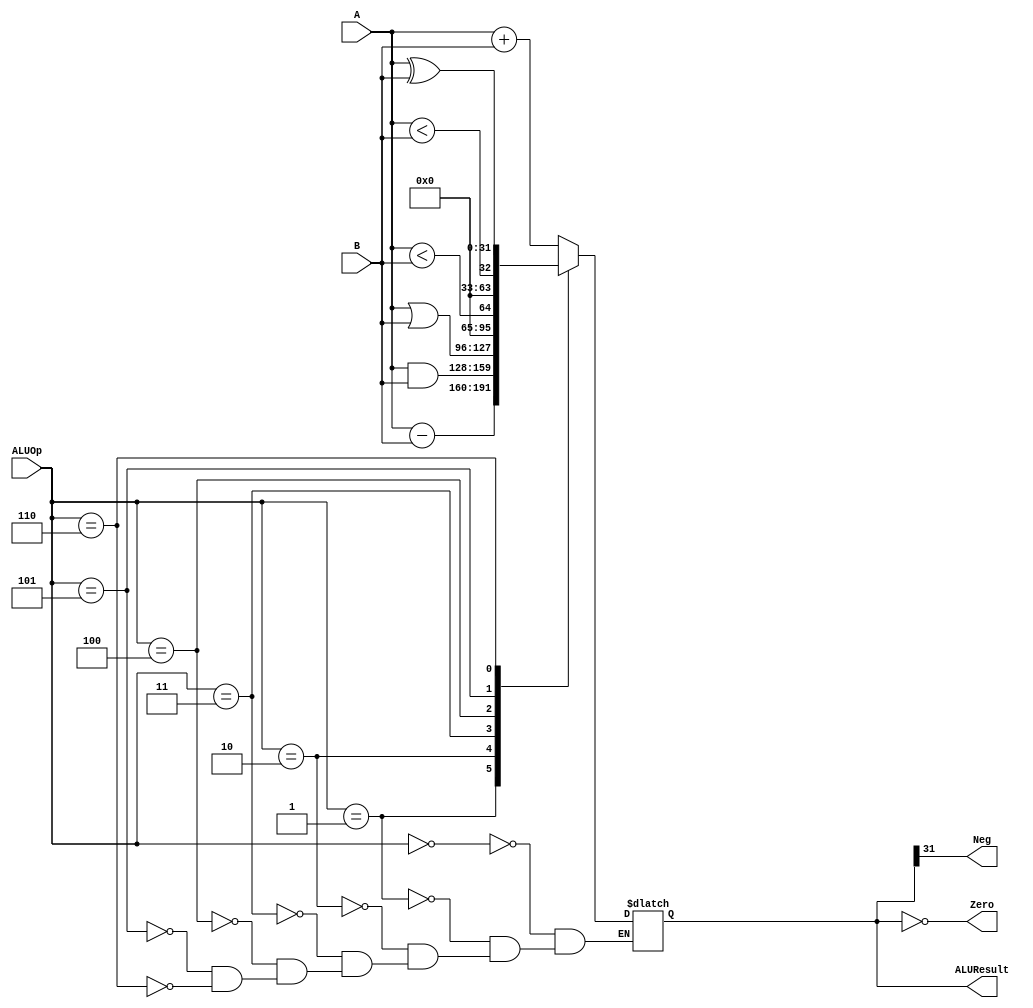
module ALU (
    input signed [31:0] A,
    input signed [31:0] B,
    input [2:0] ALUOp,
    output reg [31:0] ALUResult,
    output reg Zero,
    output reg Neg
);
    parameter op_add  = 3'b000;
    parameter op_sub  = 3'b001;
    parameter op_and  = 3'b010;
    parameter op_or   = 3'b011;
    parameter op_slt  = 3'b100;
    parameter op_sltu = 3'b101;
    parameter op_xor  = 3'b110;
    always @(*) begin
        case(ALUOp)
            op_add: ALUResult = A + B;
            op_sub: ALUResult = A - B;
            op_and: ALUResult = A & B;
            op_or: ALUResult = A | B;
            op_slt: ALUResult = A < B;
            op_sltu: ALUResult = $unsigned(A) < $unsigned(B);
            op_xor: ALUResult = A ^ B;
        endcase
    end
    assign Zero = (ALUResult == 0);
    assign Neg =  ALUResult[31];
endmodule